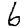
Digit: 6